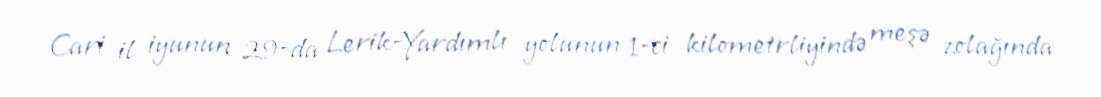
Cari il iyunun 29-da Lerik-Yardımlı yolunun 1-ci kilometrliyində meşə zolağında